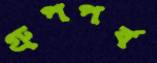
গ্রুপপর্ব